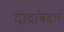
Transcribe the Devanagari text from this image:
दादांबद्दल